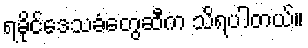
ရခိုင်ဒေသခံတွေဆီက သိရပါတယ်။